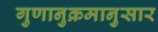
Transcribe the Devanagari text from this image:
गुणानुक्रमानुसार